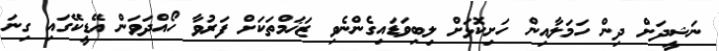
ނަޝީދަށް ދިން ހަމަލާއިން ހަށިކޮޅަށް ލިބިވަޑައިގެންނެވި ޒަޚަމްތަކަށް ފަރުވާ ހޯއްދަވަން އޭޑީކޭގައި ގިނަ